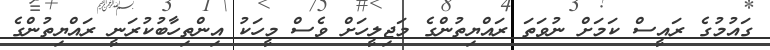
ގައުމުގެ ރައީސް ކަމަށް ނުވަތަ ރައްޔިތުންގެ މަޖިލީހަށް ވެސް މީހަކު އިންތިހާބުކުރަނީ ރައްޔިތުންގެ